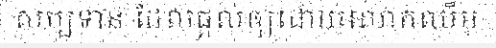
សម្បទាន ដែលផ្តល់ឲ្យដោយលោកឈឹម